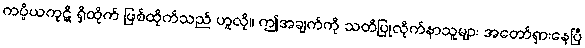
ကပ္ပိယကုဋိ ရှိထိုက် ဖြစ်ထိုက်သည် ဟူလို။ ဤအချက်ကို သတိပြုလိုက်နာသူများ အတော်ရှားနေပြီ